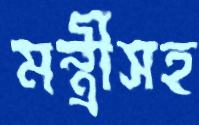
মন্ত্রীসহ